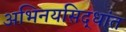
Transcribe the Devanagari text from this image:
अभिनयसिद्धांत